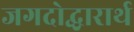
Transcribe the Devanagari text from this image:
जगदोद्धारार्थ